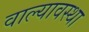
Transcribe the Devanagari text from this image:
वाल्यावस्था